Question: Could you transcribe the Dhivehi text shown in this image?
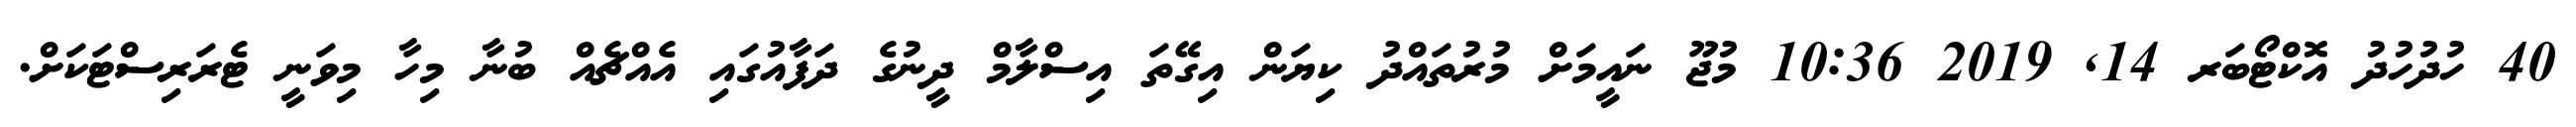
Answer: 40 ހުދުހުދު އޮކްޓޯބަރ 14, 2019 10:36 މުޖޫ ނައީމަށް މުރުތައްދު ކިޔަން އިގޭތަ އިސްލާމް ދީނުގެ ދަފާއުގައި އެއްޗެއް ބުނާ މިހާ މިވަނީ ޓެރަރިސްޓަކަށް.